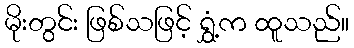
မိုးတွင်း ဖြစ်သဖြင့် ရွှံ့က ထူသည်။